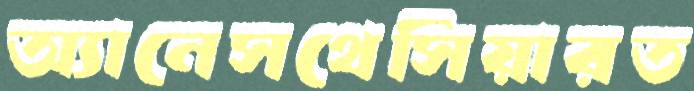
অ্যানেসথেসিয়ারত